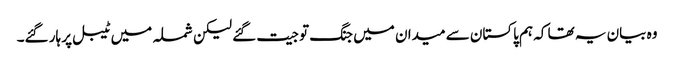
وہ بیان یہ تھا کہ ہم پاکستان سے میدان میں جنگ تو جیت گئے لیکن شملہ میں ٹیبل پر ہار گئے۔